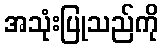
အသုံးပြုသည်ကို